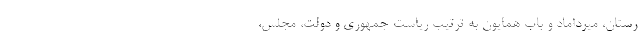
رستان، میرداماد و بابْ همایون به ترتیب ریاست جمهوری و دولت، مجلس،